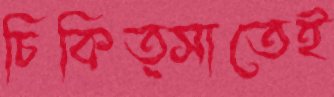
চিকিত্সাতেই